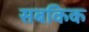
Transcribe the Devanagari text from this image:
सबकिक